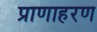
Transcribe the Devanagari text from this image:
प्राणाहरण